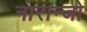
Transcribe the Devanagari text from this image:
नारान्जो